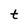
Character: t